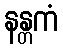
နန္တကံ